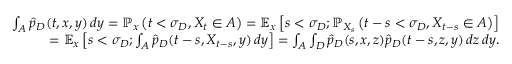
\begin{array} { r } { \int _ { A } \hat { p } _ { D } ( t , x , y ) \, d y = \ensuremath { \mathbb { P } } _ { x } \left( t < \sigma _ { D } , X _ { t } \in A \right) = \ensuremath { \mathbb { E } } _ { x } \left[ s < \sigma _ { D } ; \ensuremath { \mathbb { P } } _ { X _ { s } } \left( t - s < \sigma _ { D } , X _ { t - s } \in A \right) \right] } \\ { = \ensuremath { \mathbb { E } } _ { x } \left[ s < \sigma _ { D } ; \int _ { A } \hat { p } _ { D } ( t - s , X _ { t - s } , y ) \, d y \right] = \int _ { A } \int _ { D } \hat { p } _ { D } ( s , x , z ) \hat { p } _ { D } ( t - s , z , y ) \, d z \, d y . } \end{array}